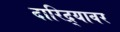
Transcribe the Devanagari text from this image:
दारिद्र्यावर